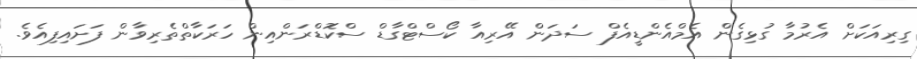
ގިރިއަކަށް އެރުމާ ގުޅިގެން އެމްއެންޑީއެފް ސަދަން އޭރިއާ ކޯސްޓްގާޑް ސްކޮޑްރަންއިން ހަރަކާތްތެރިވާން ފަށައިފިއެވެ.